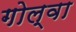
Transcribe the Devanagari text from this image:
गोल्वा